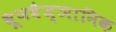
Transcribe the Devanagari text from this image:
भ्रूणवैज्ञानिक